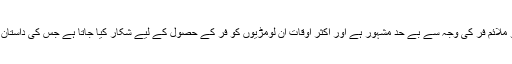
یہ لومڑی اپنے نرم و ملائم فر کی وجہ سے بے حد مشہور ہے اور اکثر اوقات ان لومڑیوں کو فر کے حصول کے لیے شکار کیا جاتا ہے جس کی داستان نہایت لرزہ خیز ہے۔